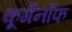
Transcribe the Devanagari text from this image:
कूर्गेनॉफ